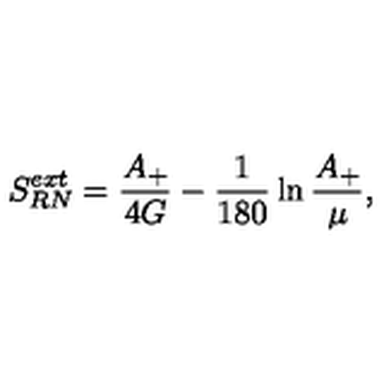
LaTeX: S _ { R N } ^ { e x t } = { \frac { A _ { + } } { 4 G } } - { \frac { 1 } { 1 8 0 } } \ln { \frac { A _ { + } } { \mu } } ,